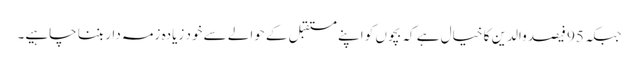
جبکہ 95 فیصد والدین کا خیال ہے کہ بچوں کو اپنے مستقبل کے حوالے سے خود زیادہ زمہ دار بننا چاہیے۔